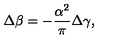
\Delta \beta = - \frac { \alpha ^ { 2 } } { \pi } \Delta \gamma ,